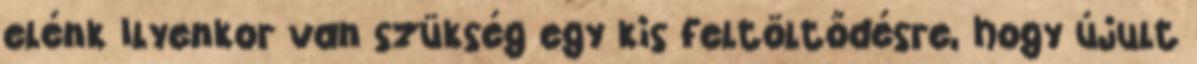
elénk Ilyenkor van szükség egy kis feltöltődésre, hogy újult